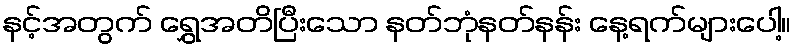
နင့်အတွက် ရွှေအတိပြီးသော နတ်ဘုံနတ်နန်း နေ့ရက်များပေါ့။